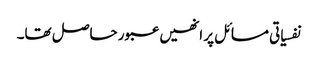
نفسیاتی مسائل پر انھیں عبور حاصل تھا۔